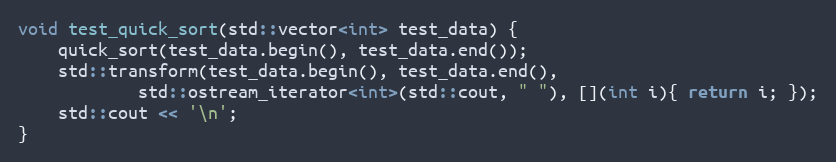
Language: C++
void test_quick_sort(std::vector<int> test_data) {
    quick_sort(test_data.begin(), test_data.end());
    std::transform(test_data.begin(), test_data.end(),
            std::ostream_iterator<int>(std::cout, " "), [](int i){ return i; });
    std::cout << '\n';
}